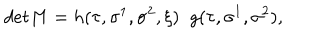
d e t M = h ( \tau , \sigma ^ { 1 } , \sigma ^ { 2 } , \xi ) \; \; g ( \tau , \sigma ^ { 1 } , \sigma ^ { 2 } ) , \nonumber